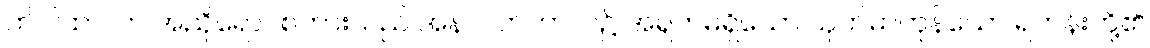
ဤဂါထာလာ အညိုရောင်စကားသည် အနာဂတ်ကာလ၌ အရှက်မရှိသော ယုတ်မာကုန်သော ရဟန်းတို့၏